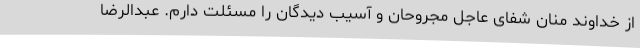
از خداوند منان شفای عاجل مجروحان و آسیب دیدگان را مسئلت دارم. عبدالرضا